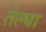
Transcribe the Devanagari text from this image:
तेल्घा